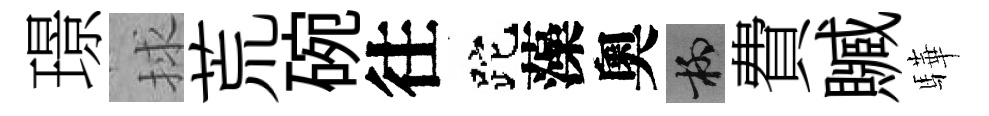
璟捄荒碗往跎藻奧柳費贓驊